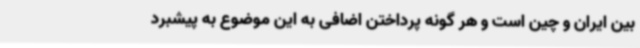
بین ایران و چین است و هر گونه پرداختن اضافی به این موضوع به پیشبرد